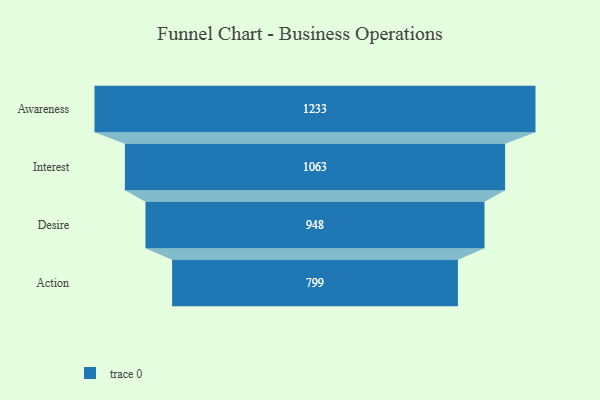
{"axis": {"x": "Stage", "y": "Value"}, "legend": [""], "data": [{"x": "Awareness", "y": 1233.0, "type": ""}, {"x": "Interest", "y": 1063.0, "type": ""}, {"x": "Desire", "y": 948.0, "type": ""}, {"x": "Action", "y": 799.0, "type": ""}]}